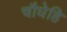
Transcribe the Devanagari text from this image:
चौघेहि